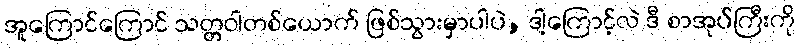
အူကြောင်ကြောင် သတ္တဝါတစ်ယောက် ဖြစ်သွားမှာပါပဲ, ဒါ့ကြောင့်လဲ ဒီ စာအုပ်ကြီးကို